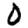
Digit: 0